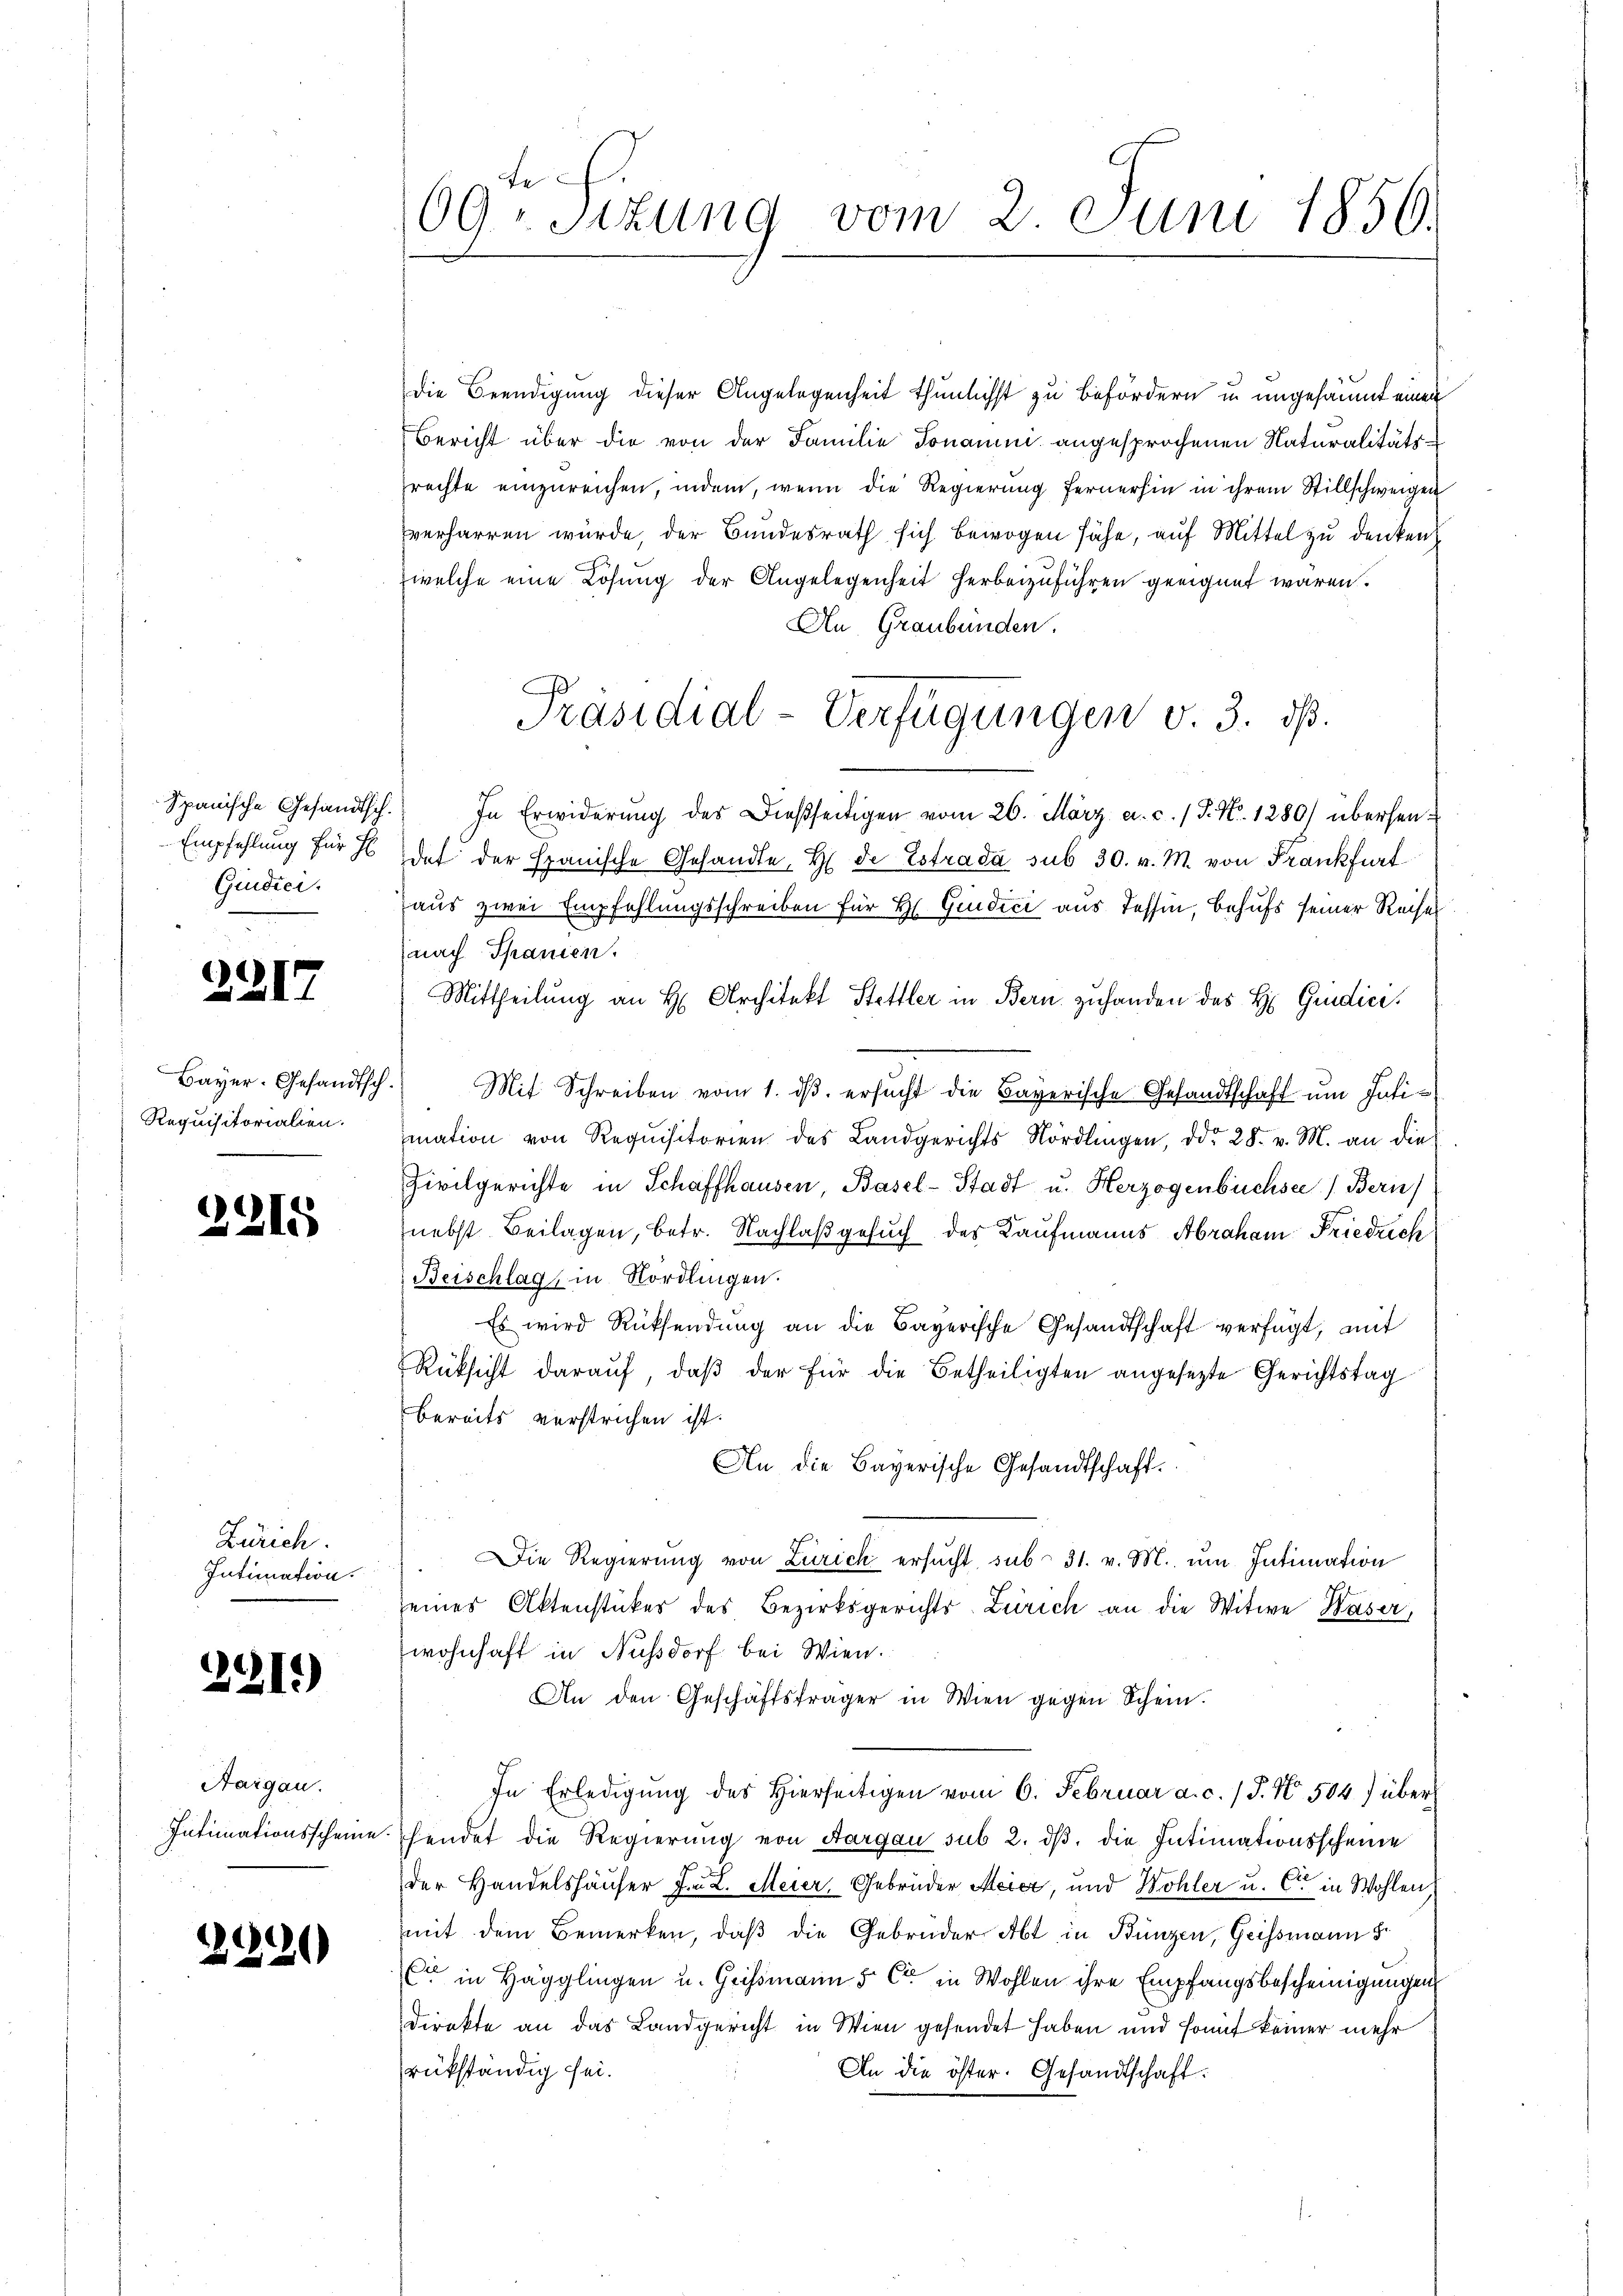
Giudici

2217

Bayer. Gesandtsch.
Requisitorialien.

2215

Zürich.
Intimation.

2219)

Haigau.

2920

te
09. Sitzung vom 2. Juni 1850.

Die Beendigung dieser Angelegenheit thunlichst zu befördern in ungesäumt einen
Bericht über die von der Familie Jonamini angesprochenen Naturalitätsrechte einzureichen, indem, wenn die Regierung fernerhin in ihrem Stillschweigen
verharren würde, der Bundesrath sich bewogen sähe, auf Mittel zu denken
welche eine Lösung der Angelegenheit herbeizuführen geeignet waren.
An Graubünden.
Präsidial-Verfügungen v. 3. dß.
Spanische Gesandtsch. In Erwiderŭng des Dießseitigen vom 26. März a. c. / P. Nr. 1280) übersen¬
Empfehlŭng für 7 des der Spanische Gesandte. H. Dr Estrada sub 30. v. M. von Frankfurt
aus zwei Empfehlungsschreiben für Hr. Giudici aus Tessin, behufs seiner Reises
nach Spanien.
Mittheilung an H. Architekt Stettler in Bern zuhanden des H. Gedici,
Mit Schreiben vom 1. dβ. ersŭcht die Bayerische Gesandtschaft ŭm Intimation von Requisitorien des Landgerichts Nördlingen, ddo 28. v. M. an die
Zivilgerichte in Schaffhausen, Basel-Stadt u. Herzogenbüchsee  Bern
nebst Beilagen, betr. Nachlaβgesŭch des Kaufmanns Abraham Friedrich
Beischlag, in Nordlingen.
Es wird Rücksendung an die Bayerische Gesandtschaft verfügt, mit
Rücksicht daraŭf, daβ der für die Betheiligten angesezte Gerichtstag
bereits verstrichen ist.
An die Bayerische Gesandtschaft.
Die Regierung von Zürich ersucht, sub 31. v. M. um Intimation
seines Aktenstückes des Bezirksgerichts-Zürich an die Witwe Waser
wohnhaft in Nußdorf bei Wien.
An den Geschäftsträger in Wien gegen Schein.
In Erledigung des hierseitigen vom 6. Februar a. c. 1 S. Nr. 504) über
Intimationsscheine hendet die Regierung von Aargau sub 2. dβ, die Intimationsscheine
der Handelshäuser F. L. Meier, Gebrüder Meier, und Wohler u. Cie in Wohlen,
mit dem Bemerken, daß die Gebrüder Abt in Bünzen, Geissmann S.
C. in Hägglingen u. Geissmann 5 C in Wohlen ihre Empfangsbescheinigungen
direkte an das Landgericht in Wien gesendet haben und somit keiner mehr
rükständig sei.
An die öster. Gesandtschaft: